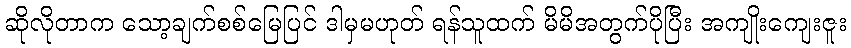
ဆိုလိုတာက သော့ချက်စစ်မြေပြင် ဒါမှမဟုတ် ရန်သူထက် မိမိအတွက်ပိုပြီး အကျိုးကျေးဇူး